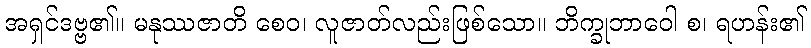
အရှင်ဒဗ္ဗ၏။ မနုဿဇာတိ စေဝ၊ လူဇာတ်လည်းဖြစ်သော။ ဘိက္ခုဘာဝေါ စ၊ ရဟန်း၏